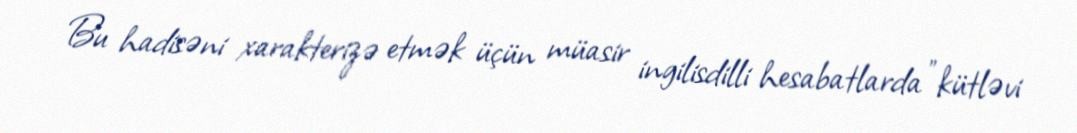
Bu hadisəni xarakterizə etmək üçün müasir ingilisdilli hesabatlarda "kütləvi